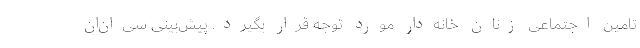
تامین اجتماعی زنان خانه‌دار مورد توجه قرار بگیرد. پیش‌بینی سی‌ان‌ان